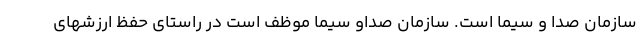
سازمان صدا و سیما است. سازمان صداو سیما موظف است در راستای حفظ ارزشهای